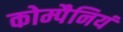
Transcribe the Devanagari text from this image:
कोम्पैनियं